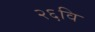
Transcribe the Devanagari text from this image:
२६वि